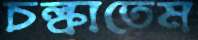
চল্‌কাতেম